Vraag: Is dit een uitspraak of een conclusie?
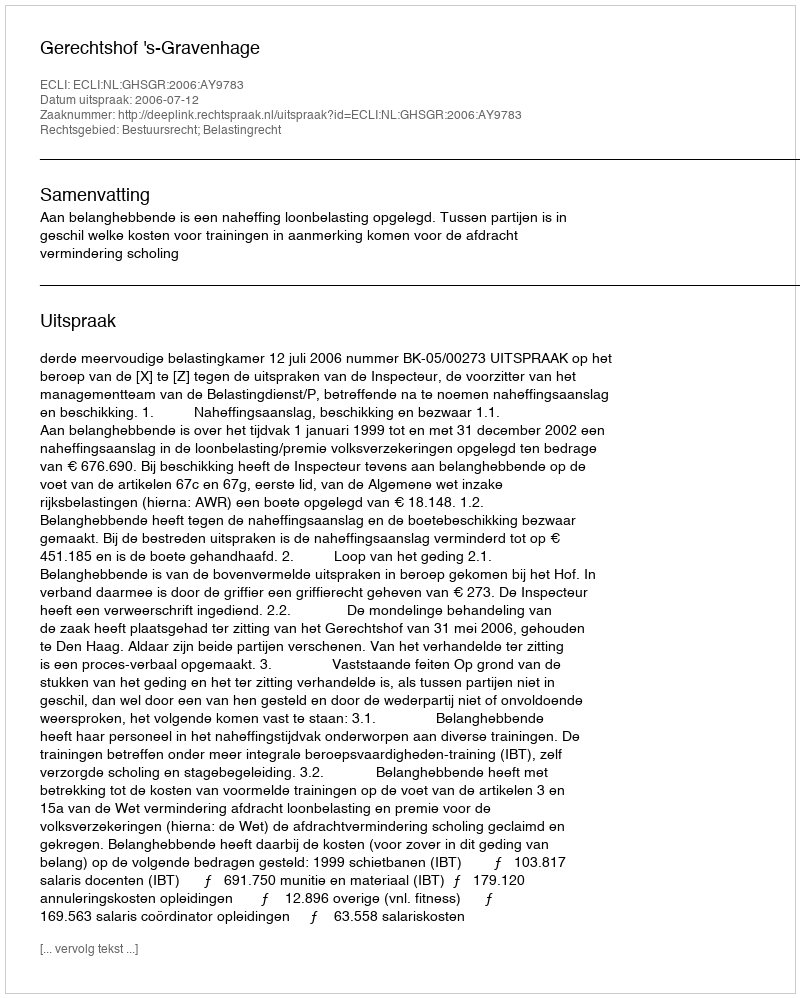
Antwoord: Uitspraak